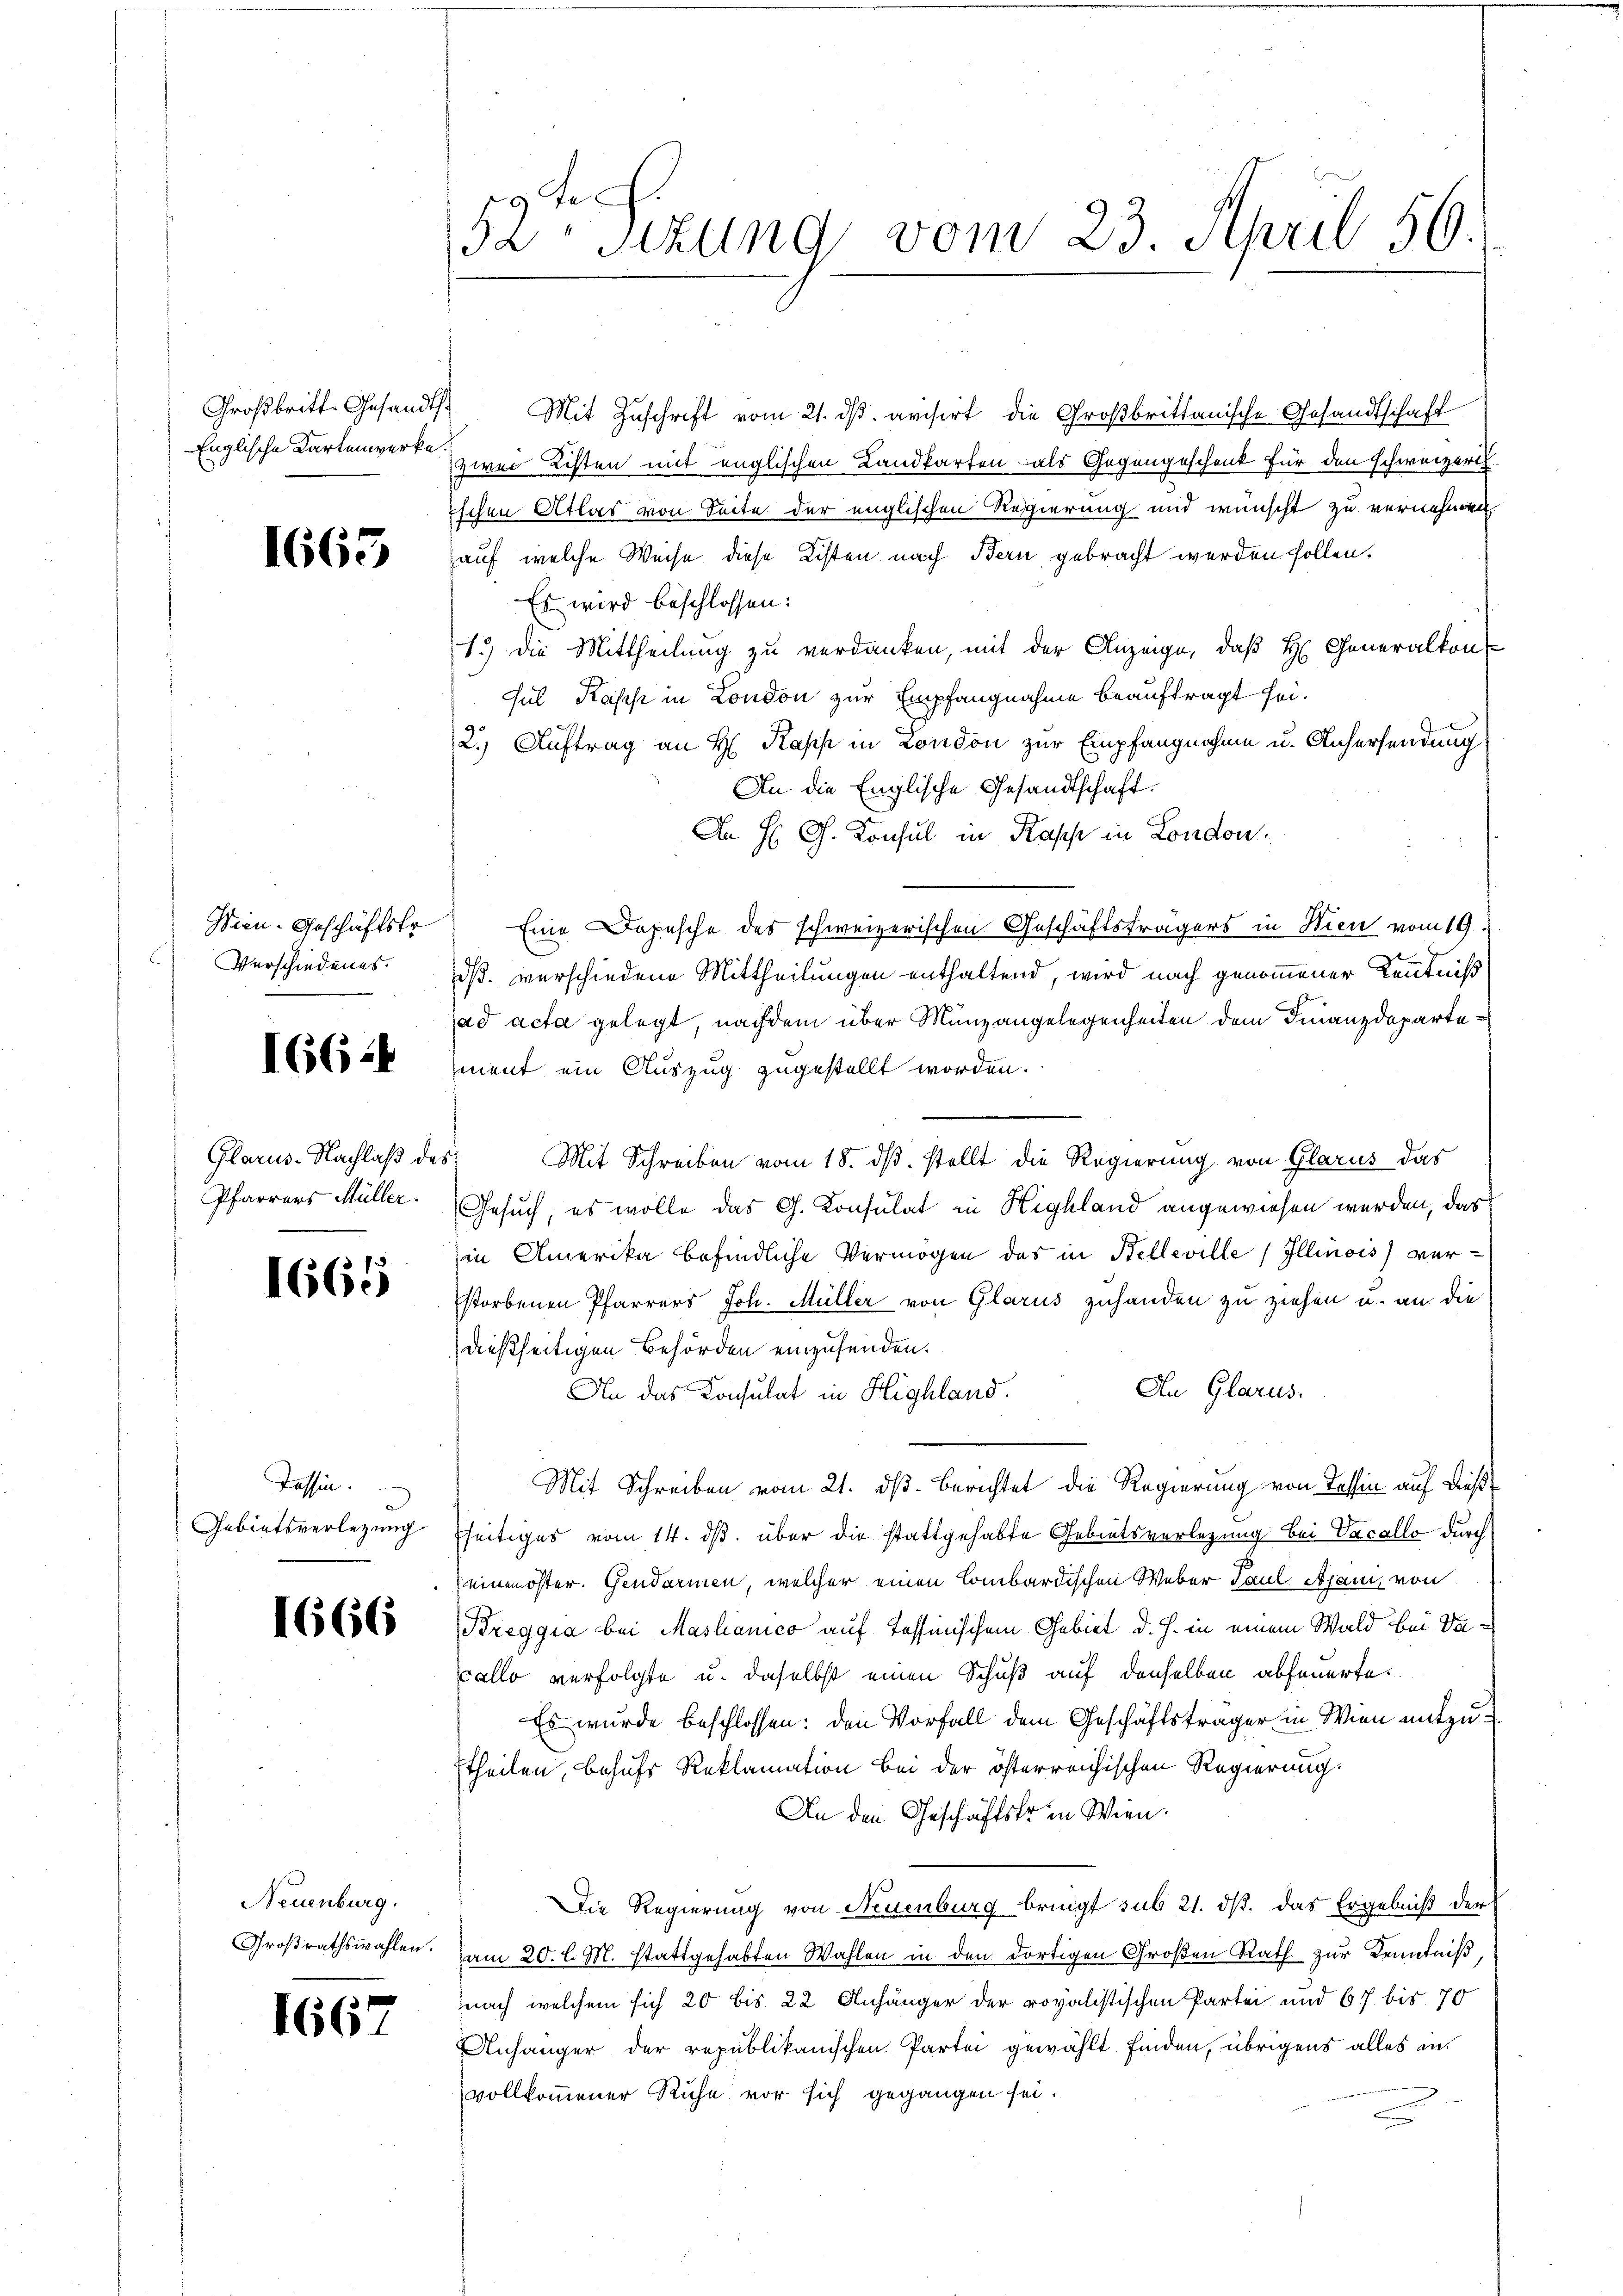
Großbritt-Gesandts
Englische Kartenwerke

1665

Wien-Geschäftstr
Verschiedenes.

1662

Glarus-Nachlaß de
Pfarrers Müller.

1665

Tessin.
Gebietsverlegung

1666

Neuenburg.
Großrathswahlen.

1667

52te Sitzung vom 23. April 50.

1) Mit Zuschrift vom 21. dβ avisirt die Großbrittanische Gesandtschaft
zwei Listen mit englischen Landkarten als Gegengeschenk für den schweizeris
ischen Atlas von Seite der englischen Regierung und wünscht zu vernehmen
auf welche Weise diese Listen nach Bern gebracht werden sollen.
Es wird beschlossen:
1.) Die Mittheilung zu verdanken, mit der Anzeige, daß H. Generalkon-
sul Kaph in London zur Empfangnahme beauftragt sei.
2.) Auftrag an H. Kapp in London zur Empfangnahme u. Anhersendung
An die Englische Gesandtschaft.
An H. G. Konsul in Kapp in London,
Eine Depesche des schweizerischen Geschäftsträgers in Wien vom 19.
dß. verschiedene Mittheilungen enthaltend, wird nach genommener Kenntniß
ad acta gelegt, nachdem über Munzangelegenheiten dem Finanzdepartement ein Auszug zugestellt worden.
 Mit Schreiben vom 18. ds. stellt die Regierung von Glarus das
Gesuch, es wolle das G. Konsulat in Highland angewiesen werden, das
in Amerika befindliche Vermögen des in Belleville Illinois verstorbenen Pfarrers Joh. Müller von Glarus zuhanden zu ziehen u. an die
dießseitigen Behörden einzusenden.
An Glarus.
An das Consulat in Highland.
Mit Schreiben vom 21. dß. Berichtet die Regierung von Tessin auf dießfseitiges vom 14. ds. über die stattgehabte Gebietsverlegung bei Vacallo durch
einen öster. Gendarmen, welcher einen Lombardischen Weber Paul Apan, von
Breggia bei Mastianico auf Tessinischem Gebiet d. J. in einem Wald bei Vacallo verfolgte u. daselbst einen Schuß auf denselben abfeuerte
Es wurde beschlossen: den Vorfall dem Geschäftsträger in Wien mitzutheilen, behufs Reklamation bei der österreichischen Regierung.
An den Geschäftstrin Wien.
Die Regierung von Neuenburg bringt sub 21. ds. das Ergebniß der
am 20. l. M. stattgehabten Wahlen in den dortigen Großen Rath zur Kenntniß,
nach welchem sich 20 bis 22 Anhänger der royalistischen Partei und 677 bis 70
Anhänger der republikanischen Partei gewählt finden, übrigens alles an
vollkommener Ruhe vor sich gegangen sei.